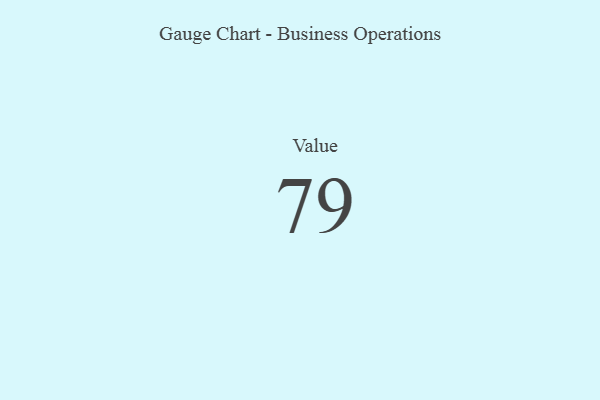
{"axis": {"x": "Metric", "y": "Value"}, "legend": [""], "data": [{"x": "Value", "y": 79, "type": ""}]}